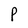
Character: P